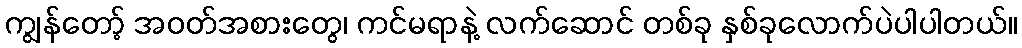
ကျွန်တော့် အဝတ်အစားတွေ၊ ကင်မရာနဲ့ လက်ဆောင် တစ်ခု နှစ်ခုလောက်ပဲပါပါတယ်။